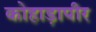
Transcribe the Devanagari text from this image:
कोहाड़ापीर